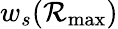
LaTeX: w_{s}(\mathcal{R}_{\textrm{max}})